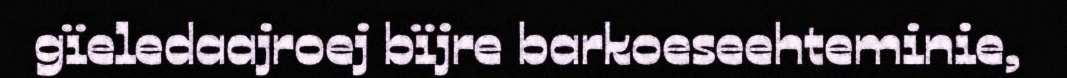
gïeledaajroej bïjre barkoeseehteminie,